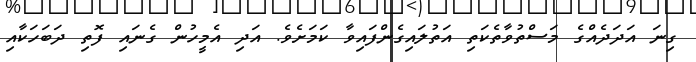
ގިނަ އަަދަދެއްގެ މަސްތުވާތެކަތި އަތުލައިގެންފައިވާ ކަމަށެވެ. އަދި އެމީހުން ގެނައި ފޮތި ދަބަހަކާއި